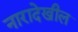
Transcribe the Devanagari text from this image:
नारादेखील